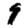
Digit: 9